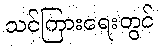
သင်ကြားရေးတွင်